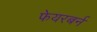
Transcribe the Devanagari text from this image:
फेयरबर्न